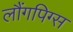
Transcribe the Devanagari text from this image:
लौंगपिग्स